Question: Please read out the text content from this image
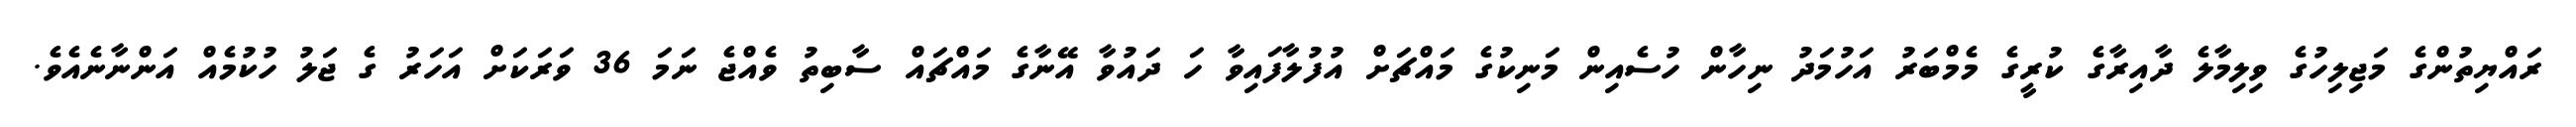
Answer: ރައްޔިތުންގެ މަޖިލިހުގެ ވިލިމާލެ ދާއިރާގެ ކުރީގެ މެމްބަރު އަހުމަދު ނިހާން ހުސެއިން މަނިކުގެ މައްޗަށް އުފުލާފައިވާ ހަ ދައުވާ އޭނާގެ މައްޗައް ސާބިތު ވެއްޖެ ނަމަ 36 ވަރަކަށް އަހަރު ގެ ޖަލު ހުކުމެއް އަންނާނެއެވެ.